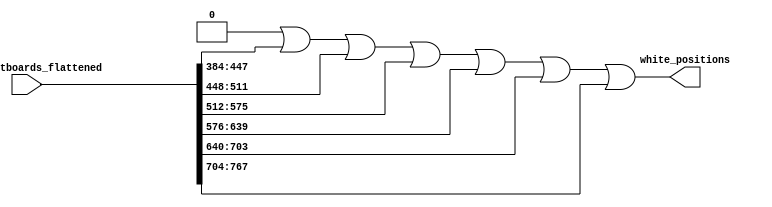
module White_Position(
    //inputs
    piece_bitboards_flattened,
    //outputs
    white_positions
);
input [12*64-1:0] piece_bitboards_flattened;
output reg [63:0] white_positions;
integer i;

always @* begin
    white_positions = 0;
    i = 0;
    for (i = 6; i < 12; i = i + 1)
        white_positions = white_positions | piece_bitboards_flattened[64*i +: 64];
end

endmodule